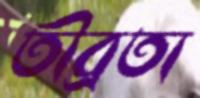
তীব্রতা